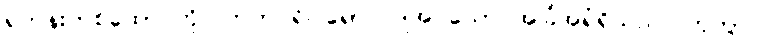
ရဟန်းတစ်ထောင်ကို။ ကတပရိဝါရော၊ ပြုအပ်သော အခြံအရံရှိသည်။ ဟုတွာ၊